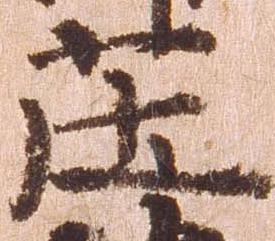
庄